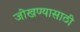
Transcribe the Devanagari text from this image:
जोखण्यासाठी